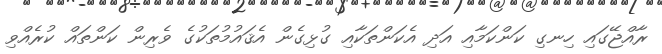
ރާއްޖޭގައި ހިނގި ކަންކަމާއި އަދި އެކަންތަކާއި ގުޅިގެން އެޤައުމުތަކުގެ ވެރިން ކަންތައް ކުރެއްވި